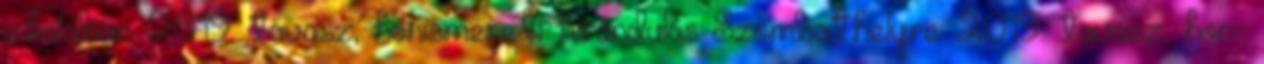
iskolában: 2019. tavasz, honismereti kirándulás Szombathelyre: 2019. tavasz, hon-